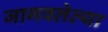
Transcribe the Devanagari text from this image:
जागवलेल्या